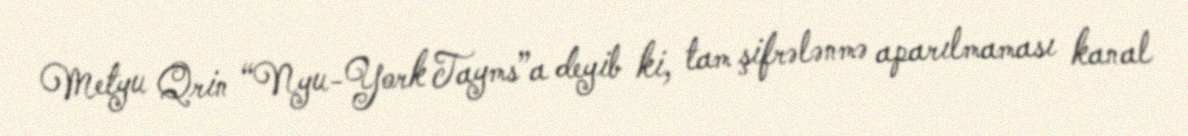
Metyu Qrin “Nyu-York Tayms”a deyib ki, tam şifrələnmə aparılmaması kanal